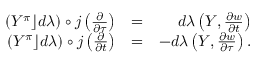
\begin{array} { r l r } { ( Y ^ { \pi } \rfloor d \lambda ) \circ j \left( \frac { \partial } { \partial \tau } \right) } & { = } & { d \lambda \left( Y , \frac { \partial w } { \partial t } \right) } \\ { ( Y ^ { \pi } \rfloor d \lambda ) \circ j \left( \frac { \partial } { \partial t } \right) } & { = } & { - d \lambda \left( Y , \frac { \partial w } { \partial \tau } \right) . } \end{array}